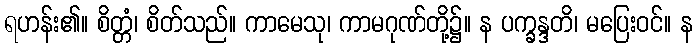
ရဟန်း၏။ စိတ္တံ၊ စိတ်သည်။ ကာမေသု၊ ကာမဂုဏ်တို့၌။ န ပက္ခန္ဒတိ၊ မပြေးဝင်။ န